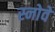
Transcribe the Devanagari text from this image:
स्नोवे